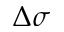
\Delta \sigma